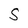
Character: S